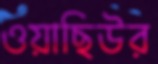
ওয়াছিউর